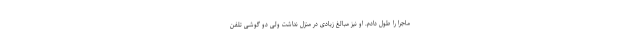
ماجرا را طول دادم. او نیز مبالغ زیادی در منزل نداشت ولی دو گوشی تلفن